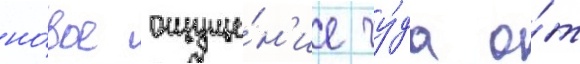
но́вое ощуще́н'ие чу́да о́т